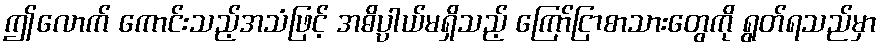
ဤလောက် ကောင်းသည့်အသံဖြင့် အဓိပ္ပါယ်မရှိသည့် ကြော်ငြာစာသားတွေကို ရွတ်ရသည်မှာ